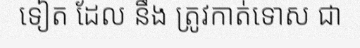
ទៀត ដែល នឹង ត្រូវកាត់ទោស ជា